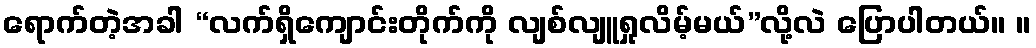
ရောက်တဲ့အခါ “လက်ရှိကျောင်းတိုက်ကို လျစ်လျူရှုလိမ့်မယ်”လို့လဲ ပြောပါတယ်။ ။